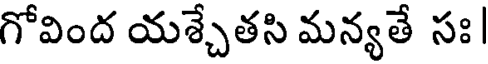
గోవింద యశ్చేతసి మన్యతే సః|